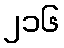
၂၁၆